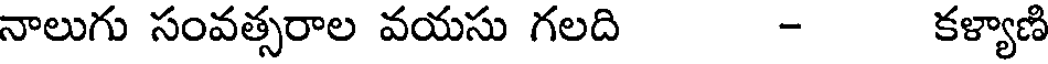
నాలుగు సంవత్సరాల వయసు గలది - కళ్యాణి